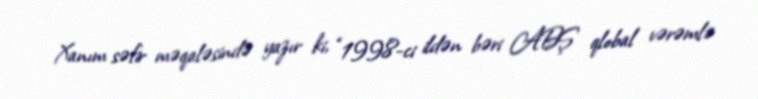
Xanım səfir məqaləsində yazır ki, “1998-ci ildən bəri ABŞ qlobal vərəmlə